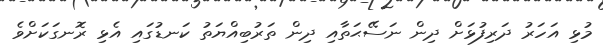
މުޅި އަހަރު ދަރިފުޅަށް ދިން ނަސޭޙަތާއި ދިން ތަރުބިއްޔަތު ކަނޑުގައި އެޅި ރޮނގަކަށްވެ